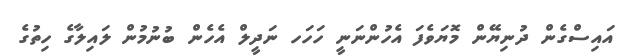
އައިސްގެން ދުނިޔޭން މޮޔަވެފަ އެހުންނަނީ ހަހަހ ނަދީލް އެހެން ބުނުމުން ލައިލާގެ ހިތުގެ